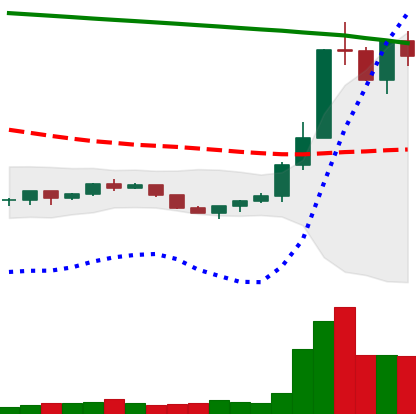
Ticker: ETC-USD
Chart end date: 2022-07-22
Forward return: 31.095%
Label: up_7plus